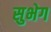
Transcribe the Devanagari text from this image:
सुभेग